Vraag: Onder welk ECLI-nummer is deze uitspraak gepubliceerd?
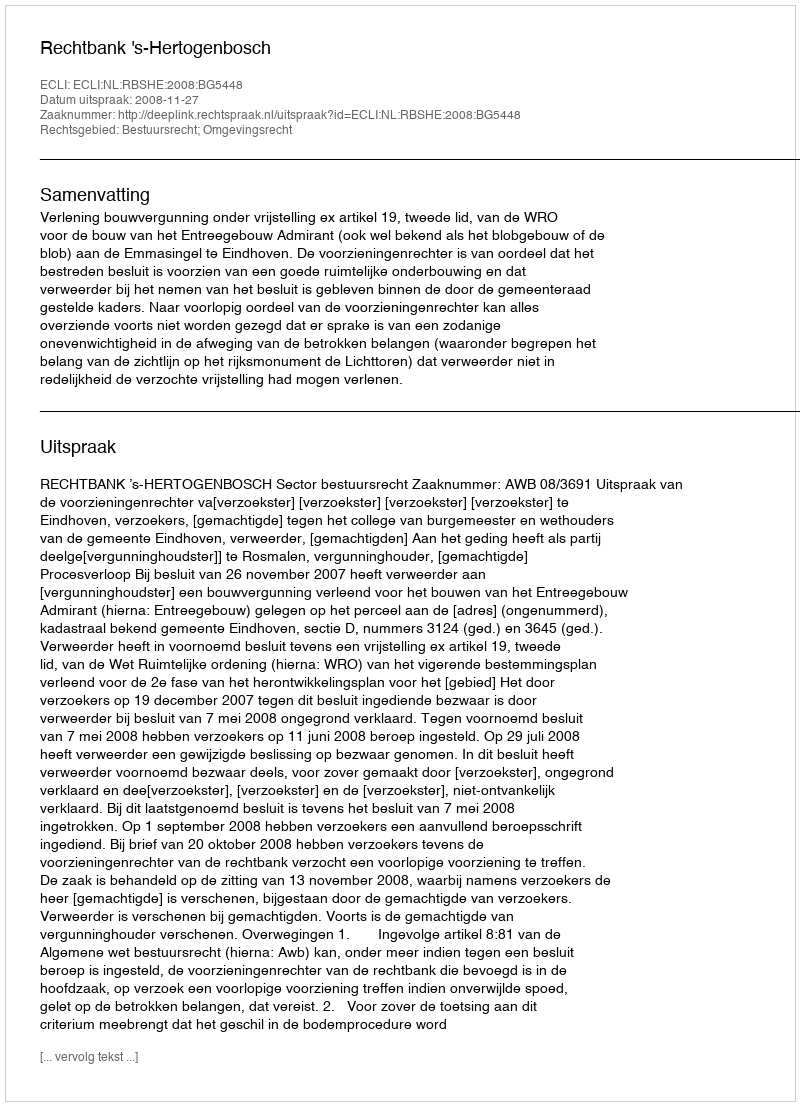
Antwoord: ECLI:NL:RBSHE:2008:BG5448